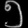
Digit: ၅